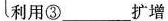
利用③_______扩增